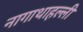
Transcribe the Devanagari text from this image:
नागाथाहल्ली